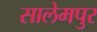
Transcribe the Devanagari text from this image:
सालेमपुर